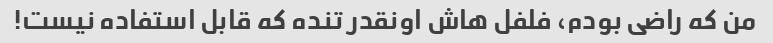
من که راضی بودم، فلفل هاش اونقدر تنده که قابل استفاده نیست!